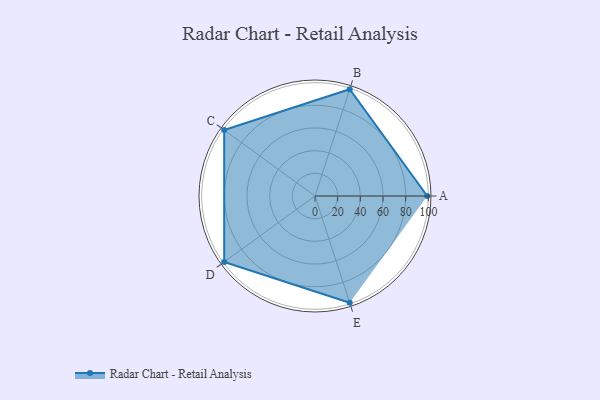
{"axis": {"x": "Skill", "y": "Score"}, "legend": ["Profile"], "data": [{"x": "A", "y": 99, "type": "Profile"}, {"x": "B", "y": 99, "type": "Profile"}, {"x": "C", "y": 99, "type": "Profile"}, {"x": "D", "y": 99, "type": "Profile"}, {"x": "E", "y": 99, "type": "Profile"}]}